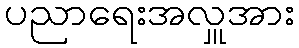
ပညာရေးအလှူအား